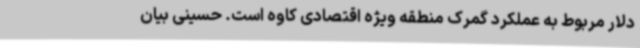
دلار مربوط به عملکرد گمرک منطقه ویژه اقتصادی کاوه است. حسینی بیان